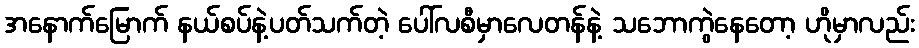
အနောက်မြောက် နယ်စပ်နဲ့ပတ်သက်တဲ့ ပေါ်လစီမှာလေတန်နဲ့ သဘောကွဲနေတော့ ဟိုမှာလည်း